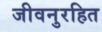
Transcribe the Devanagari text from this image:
जीवनुरहित